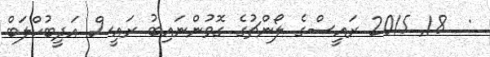
:  18